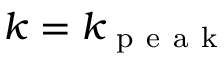
k = k _ { \mathrm { ~ p ~ e ~ a ~ k ~ } }